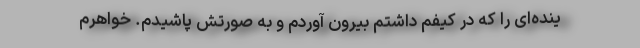
ینده‌ای را که در کیفم داشتم بیرون آوردم و به صورتش پاشیدم. خواهرم